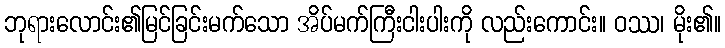
ဘုရားလောင်း၏မြင်ခြင်းမက်သော အိပ်မက်ကြီးငါးပါးကို လည်းကောင်း။ ဝဿ၊ မိုး၏။